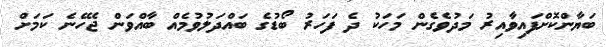
ބަޔާންކޮށްފައިވާއިރު މަދުވެގެން މަހަކު ދެ ފަހަރު ބޯޑުގެ ބައްދަލުވުމެއް ބާއްވަން ޖެހޭނެ ކަމަށް